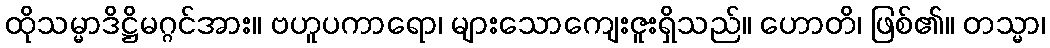
ထိုသမ္မာဒိဋ္ဌိမဂ္ဂင်အား။ ဗဟူပကာရော၊ များသောကျေးဇူးရှိသည်။ ဟောတိ၊ ဖြစ်၏။ တသ္မာ၊